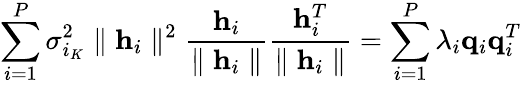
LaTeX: \sum_{i=1}^{P}\sigma_{i_{K}}^{2}\parallel\mathbf{h}_{i}\parallel^{2}\frac{\mathbf{h}_{i}}{\parallel\mathbf{h}_{i}\parallel}\frac{\mathbf{h}_{i}^{T}}{\parallel\mathbf{h}_{i}\parallel}=\sum_{i=1}^{P}\lambda_{i}\mathbf{q}_{i}\mathbf{q}_{i}^{T}